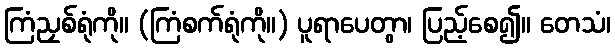
ကြံညှစ်ရုံကို။ (ကြံစက်ရုံကို။) ပူရာပေတွာ၊ ပြည့်စေ၍။ တေသံ၊